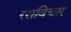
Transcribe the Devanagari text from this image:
रसविचार